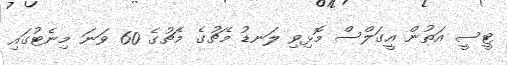
ޓީސީ އަތުން އީގަލްސް މޮޅިވި ލަނޑު މެޗުގެ މެޗުގެ 60 ވަނަ މިނެޓުގައި